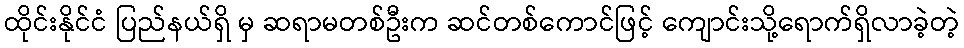
ထိုင်းနိုင်ငံ ပြည်နယ်ရှိ မှ ဆရာမတစ်ဦးက ဆင်တစ်ကောင်ဖြင့် ကျောင်းသို့ရောက်ရှိလာခဲ့တဲ့